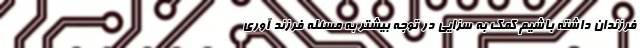
فرزندان داشته باشیم کمک به سزایی در توجه بیشتر به مسئله فرزند آوری